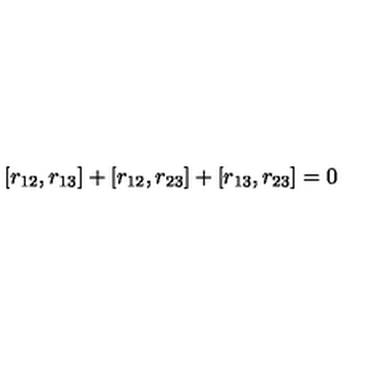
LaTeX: [ r _ { 1 2 } , r _ { 1 3 } ] + [ r _ { 1 2 } , r _ { 2 3 } ] + [ r _ { 1 3 } , r _ { 2 3 } ] = 0